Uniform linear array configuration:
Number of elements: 32
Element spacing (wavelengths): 0.25
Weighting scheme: hann
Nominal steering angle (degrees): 30
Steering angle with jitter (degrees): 28.061
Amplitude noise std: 0.05
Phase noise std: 0.05

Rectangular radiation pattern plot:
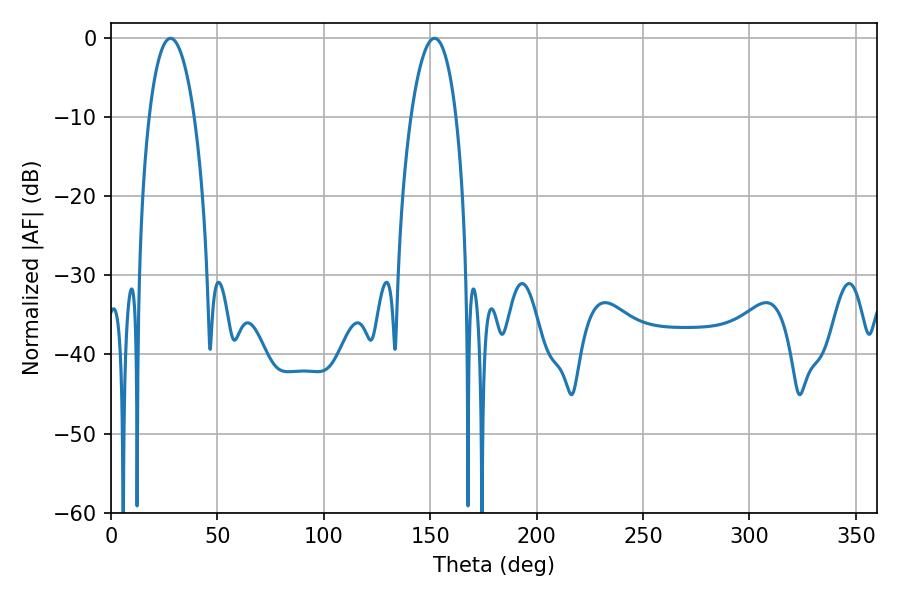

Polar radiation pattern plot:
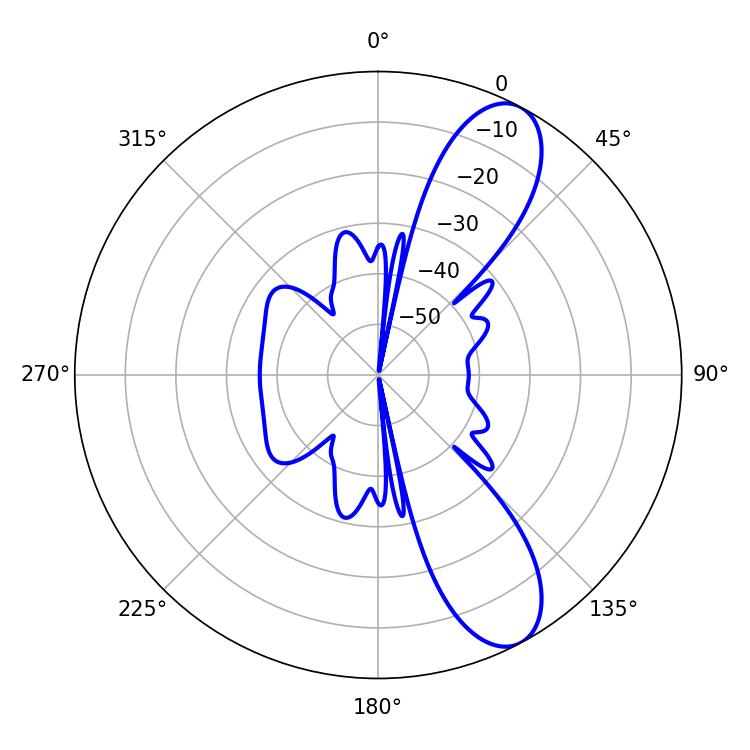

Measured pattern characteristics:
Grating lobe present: FALSE
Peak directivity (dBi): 9.841
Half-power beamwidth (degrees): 11.88
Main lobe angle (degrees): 27.9